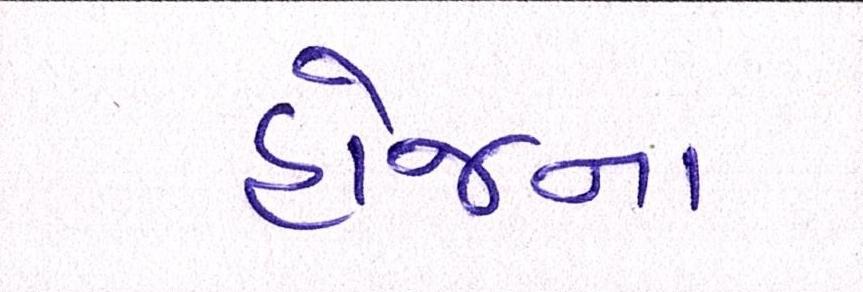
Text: હોજના